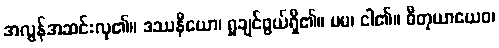
အလွန်အဆင်းလှ၏။ ဒဿနီယော၊ ရှုချင်ဖွယ်ရှိ၏။ မမ၊ ငါ၏။ ဓီတုယာယေဝ၊